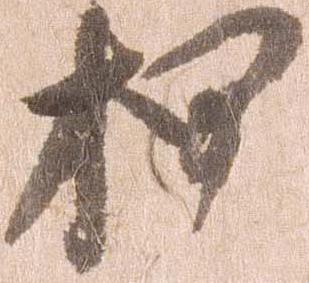
押